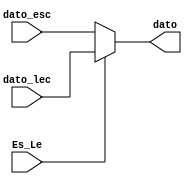
`timescale 1ns / 1ps

module Mux_datos_a_RTC(
	input Es_Le,
	input [7:0] dato_esc, //Datos enviados al escribir
	input [7:0] dato_lec, //Datos de direccion a leer
	output reg[7:0] dato //Dato enviado al RTC
    );

always@* begin
	if(Es_Le==1)begin
	 dato=dato_lec;
	 end
	else begin
	 dato=dato_esc;
	 end
end

endmodule